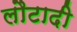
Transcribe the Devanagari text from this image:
लौटादी